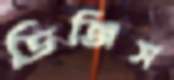
ডিজিস